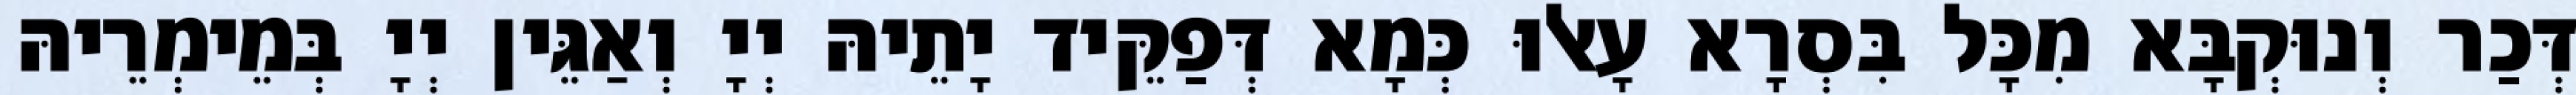
דְּכַר וְנוּקְבָּא מִכָּל בִּסְרָא עָאלוּ כְּמָא דְּפַקֵּיד יָתֵיהּ יְיָ וְאַגֵּין יְיָ בְּמֵימְרֵיהּ